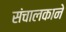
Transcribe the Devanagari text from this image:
संचालकाने